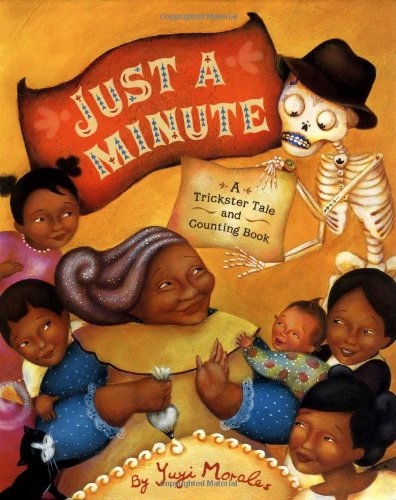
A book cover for Just a Minute!: A Trickster Tale and Counting Book (Pura Belpre Medal Book Illustrator (Awards)); Yuyi Morales; Children's Books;